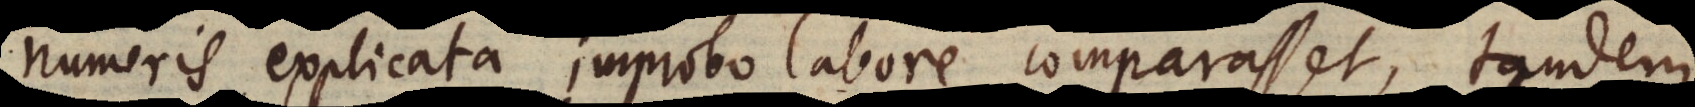
numeris explicata improbo labore comparasset, tandem